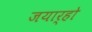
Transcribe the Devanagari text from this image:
जयार्हो